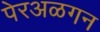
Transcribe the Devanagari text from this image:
पेरअळगन